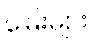
မြေးများ